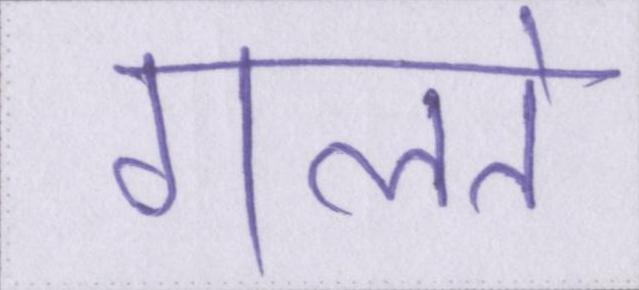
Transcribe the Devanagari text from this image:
गलते